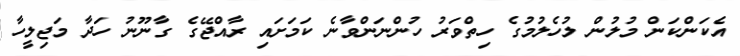
އެކަންކަން މުލުން ލުހެލުމުގެ ހިތްވަރު ހުންނަންވާނެ ކަމަށައި ރާއްޖޭގެ ގާނޫނު ހަދާ މަޖިލީހާ